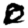
Digit: 0